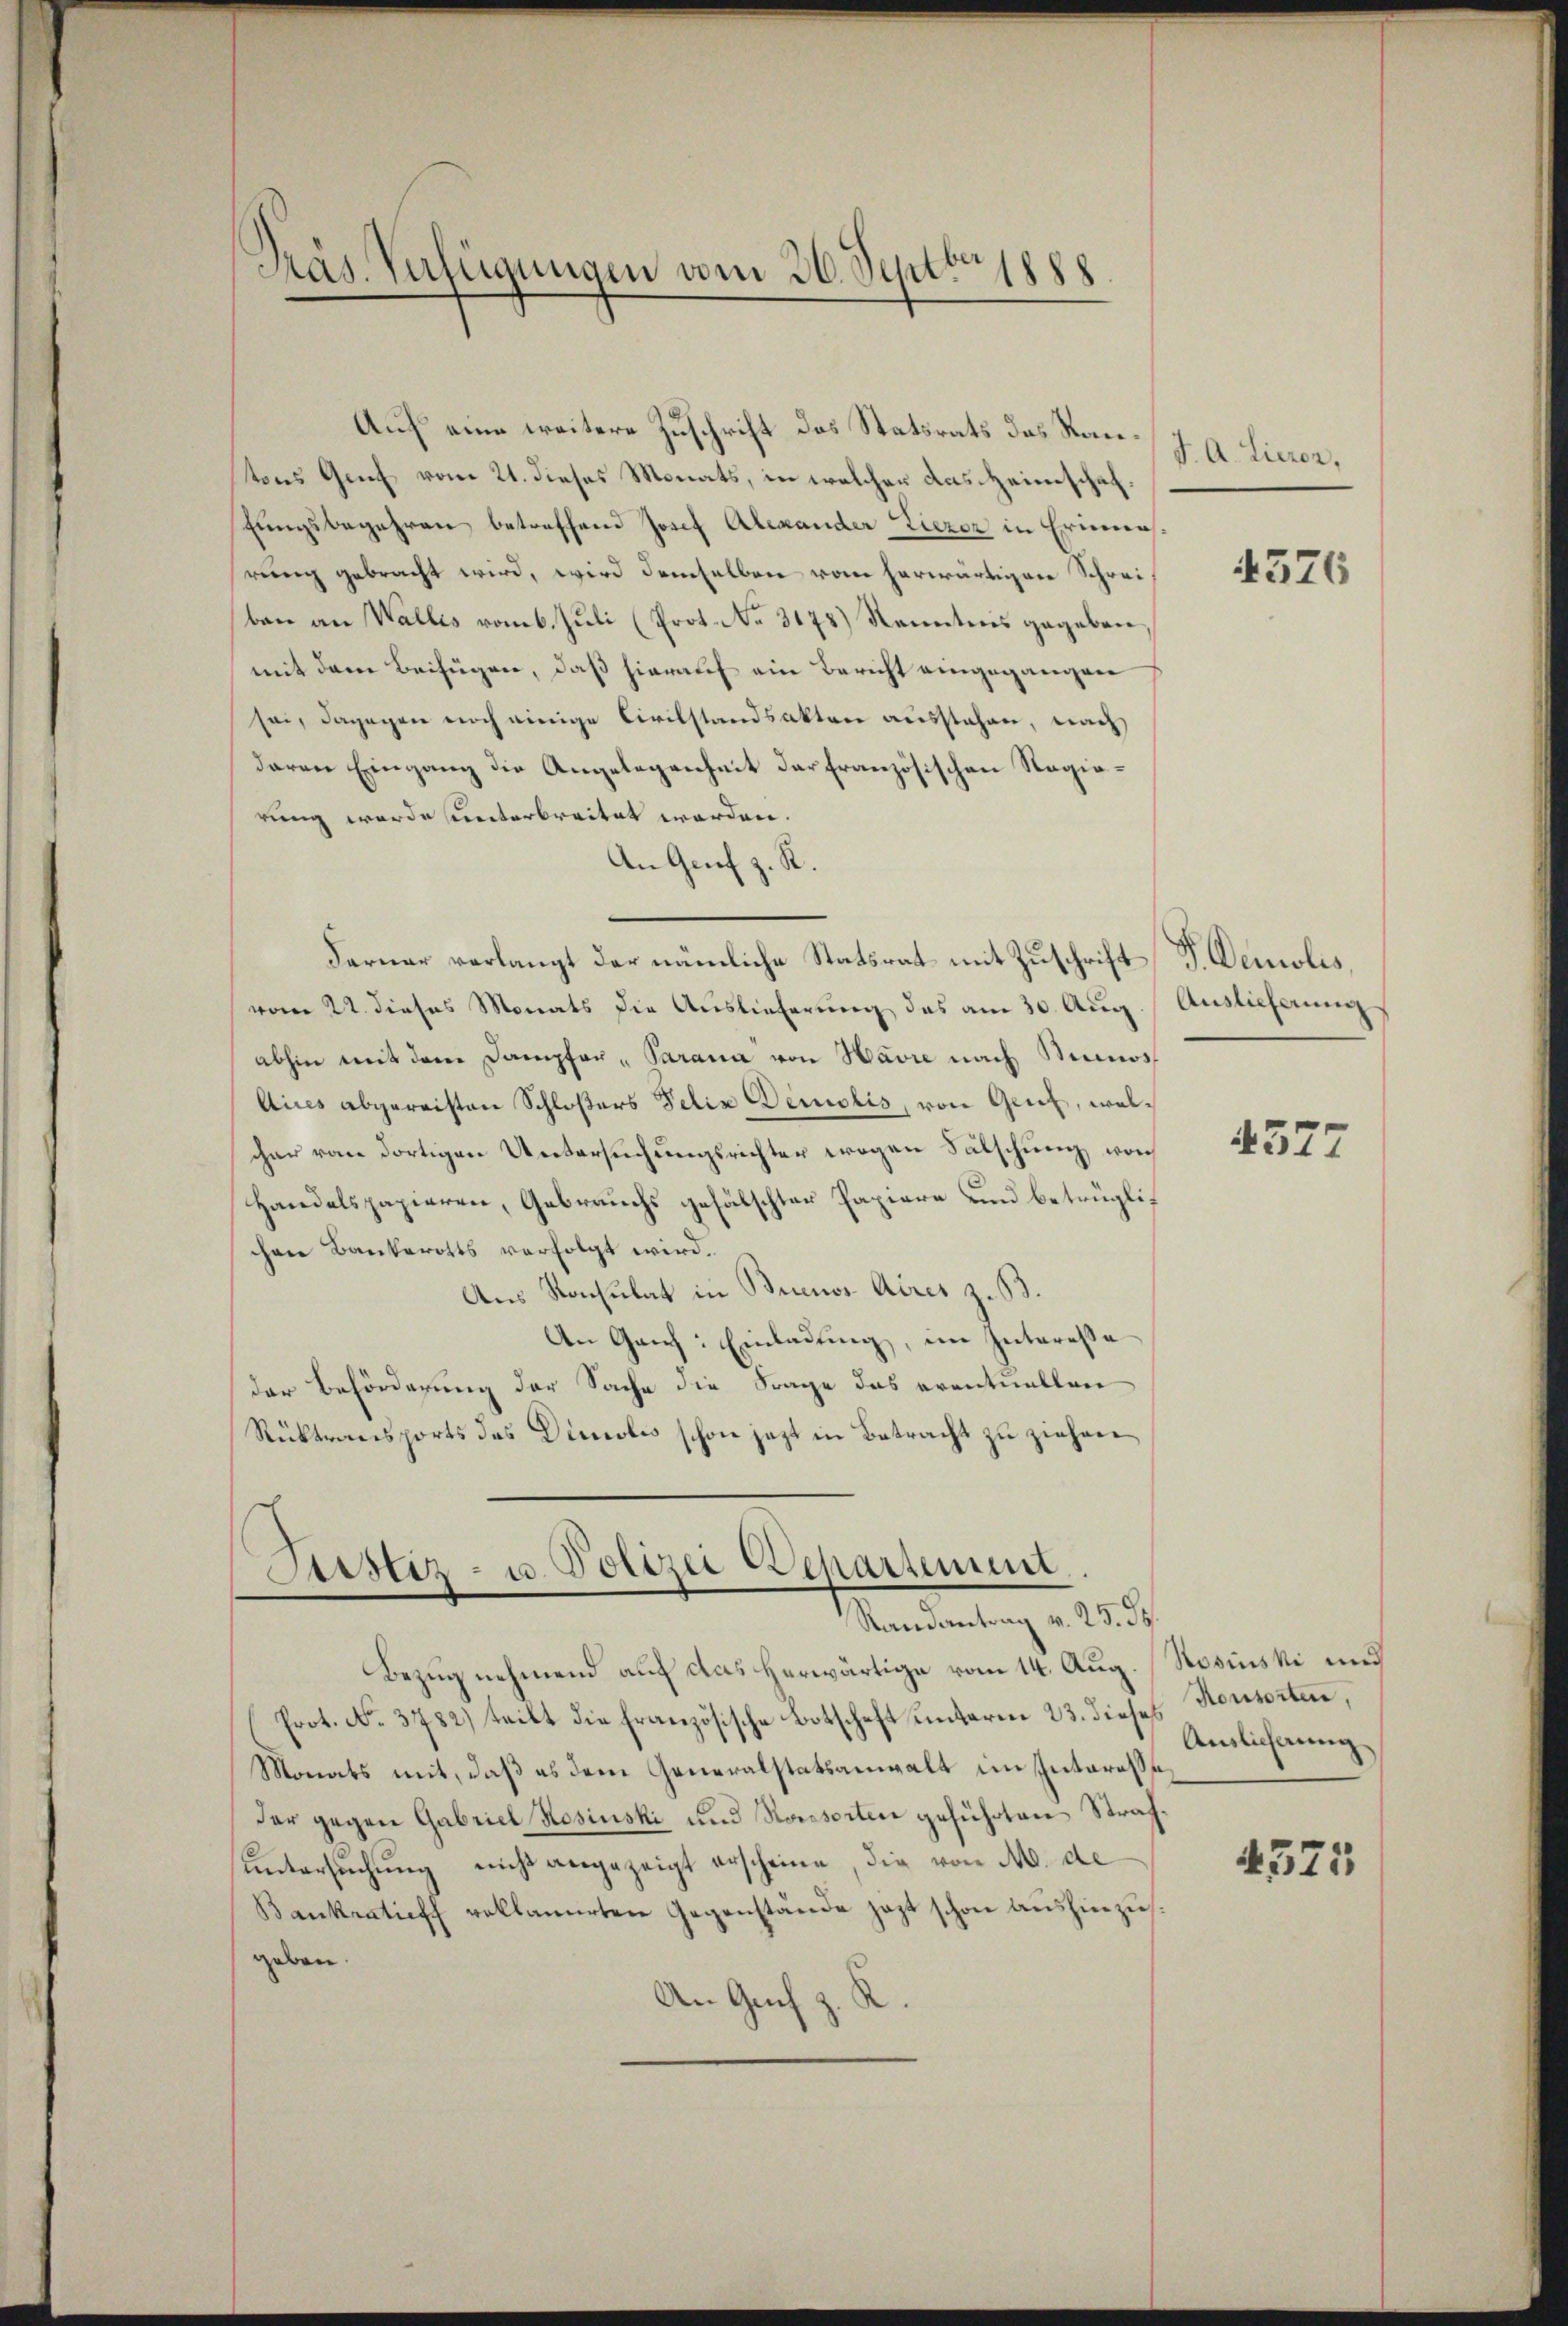
Auf eine weitere Zuschrift des Statsrats das Kantons Genf vom 21. dieses Monats, in welcher das Heimschaftungsbegehren betreffend Josef Alexander Liezer in Erinner
rung gebracht wird, wird demselben vom herwärtigen Schreiban an Wallis vom 6. Juli (Prot. No. 3175) Kenntnis gegeben,
mit dem Beifügen, daß hierauf ein Bericht eingegangen
sei, dagegen noch einige Civilstandsakten ausstehen, nach
daren Eingang die Angelegenheit der französischen Regierung werde unterbreitet werden.
An Genf z. R.
Ferner verlangt der nämliche Statsrat mit Zuschrift d. Demolis,
vom 22. dieses Monats die Auslieferung des am 30. Aug.  Auslieferung
abhin mit dem Dampfer, Parama von Havre nach Simos
Aices abgereisten Schloßers Felix Demolis, von Genf, welcher von dortigen Untersuchungsrichter wegen Fälschung vo
Handelspapieren, Gebrauchs gefälschter Papiere und betrüglichen Bankerotts verfolgt wird.
Aus Rochulat in Buenos Aires z. B.
An Ganz: Einladung, im Intereße
der Beförderung der Sache die Frage das eventuellen
Rüktransports des Dieolis schon jetzt in Betracht zu ziehen

Präs. Verfügungen vom 30. Septbr 1888

Justiz- u. Polizei Departement.
e
Ranantrag v. 25. d.

Bezug nehmend auf das herwärtige vom 14. Aug. Rosinski und
Prot. No. 3782) teilt die französische Botschaft unterm 23. dieses Konsorten,
Monats mit, daß es dem Generalstatsanwalt im Interesse
der gegen Gabriel Rosinski und Konsorten geführten Strafuntersuchung nicht angezeigt erscheine, die von M. de
Bankratieff voklamirten Gegenstände jezt schon aushinzusgeben.
An Genf z. R.

J. A. Lieren,

4326

4577

Auslieferung

4375